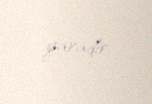
yaradır.